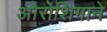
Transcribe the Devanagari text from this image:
ओरोशिगाने